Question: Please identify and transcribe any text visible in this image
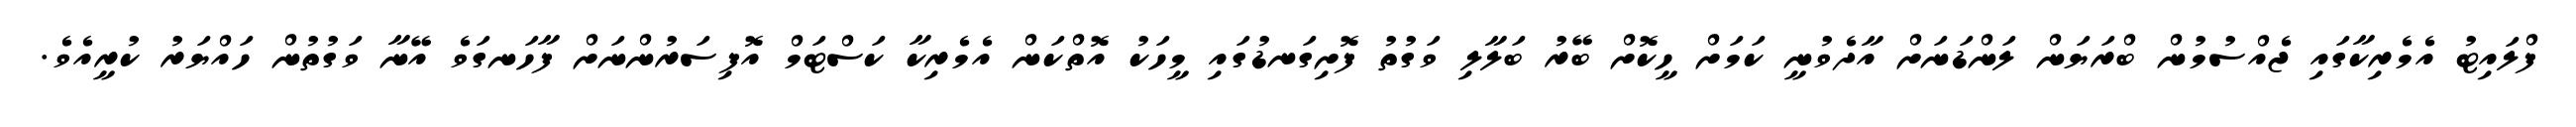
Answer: ފްލައިޓު އެމެރިކާގައި ޖެއްސުމުން ބްރަޔަން ލަންޑަނަށް އާދެވުނީ ކަމަށް ހީކޮށް ބޭރު ބަލާލި ވަގުތު ފޮށިގަނޑުގައި މީހަކު އޮތްކަން އެމެރިކާ ކަސްޓަމް އޮފިސަރުންނަށް ފާހަނގަވެ އޭނާ ވަގުތުން ހައްޔަރު ކުރީއެވެ.